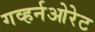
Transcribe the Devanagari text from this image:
गव्हर्नओरेट